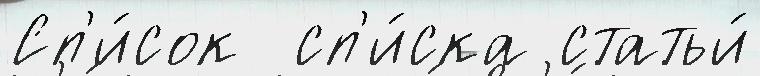
Сп'и́сок  сп'и́ска статьи́